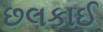
છલકાઈ